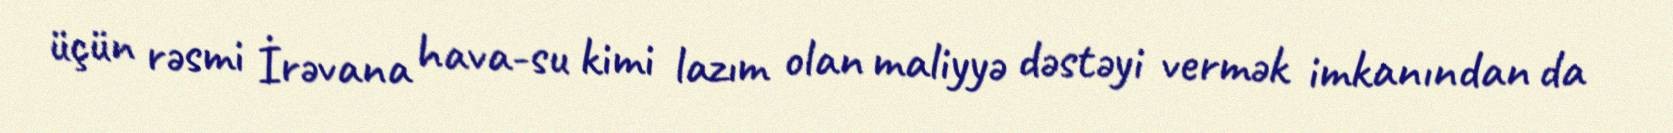
üçün rəsmi İrəvana hava-su kimi lazım olan maliyyə dəstəyi vermək imkanından da